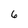
Character: 6